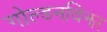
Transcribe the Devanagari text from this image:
गोल्डनविझर